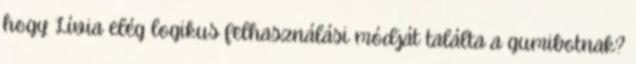
hogy Lívia elég logikus felhasználási módját találta a gumibotnak?